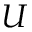
U